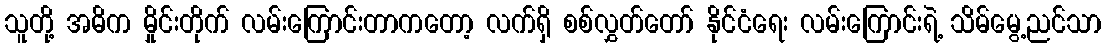
သူတို့ အဓိက မှိုင်းတိုက် လမ်းကြောင်းတာကတော့ လက်ရှိ စစ်လွှတ်တော် နိုင်ငံရေး လမ်းကြောင်းရဲ့ သိမ်မွေ့ညင်သာ